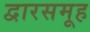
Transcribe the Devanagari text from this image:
द्वारसमूह